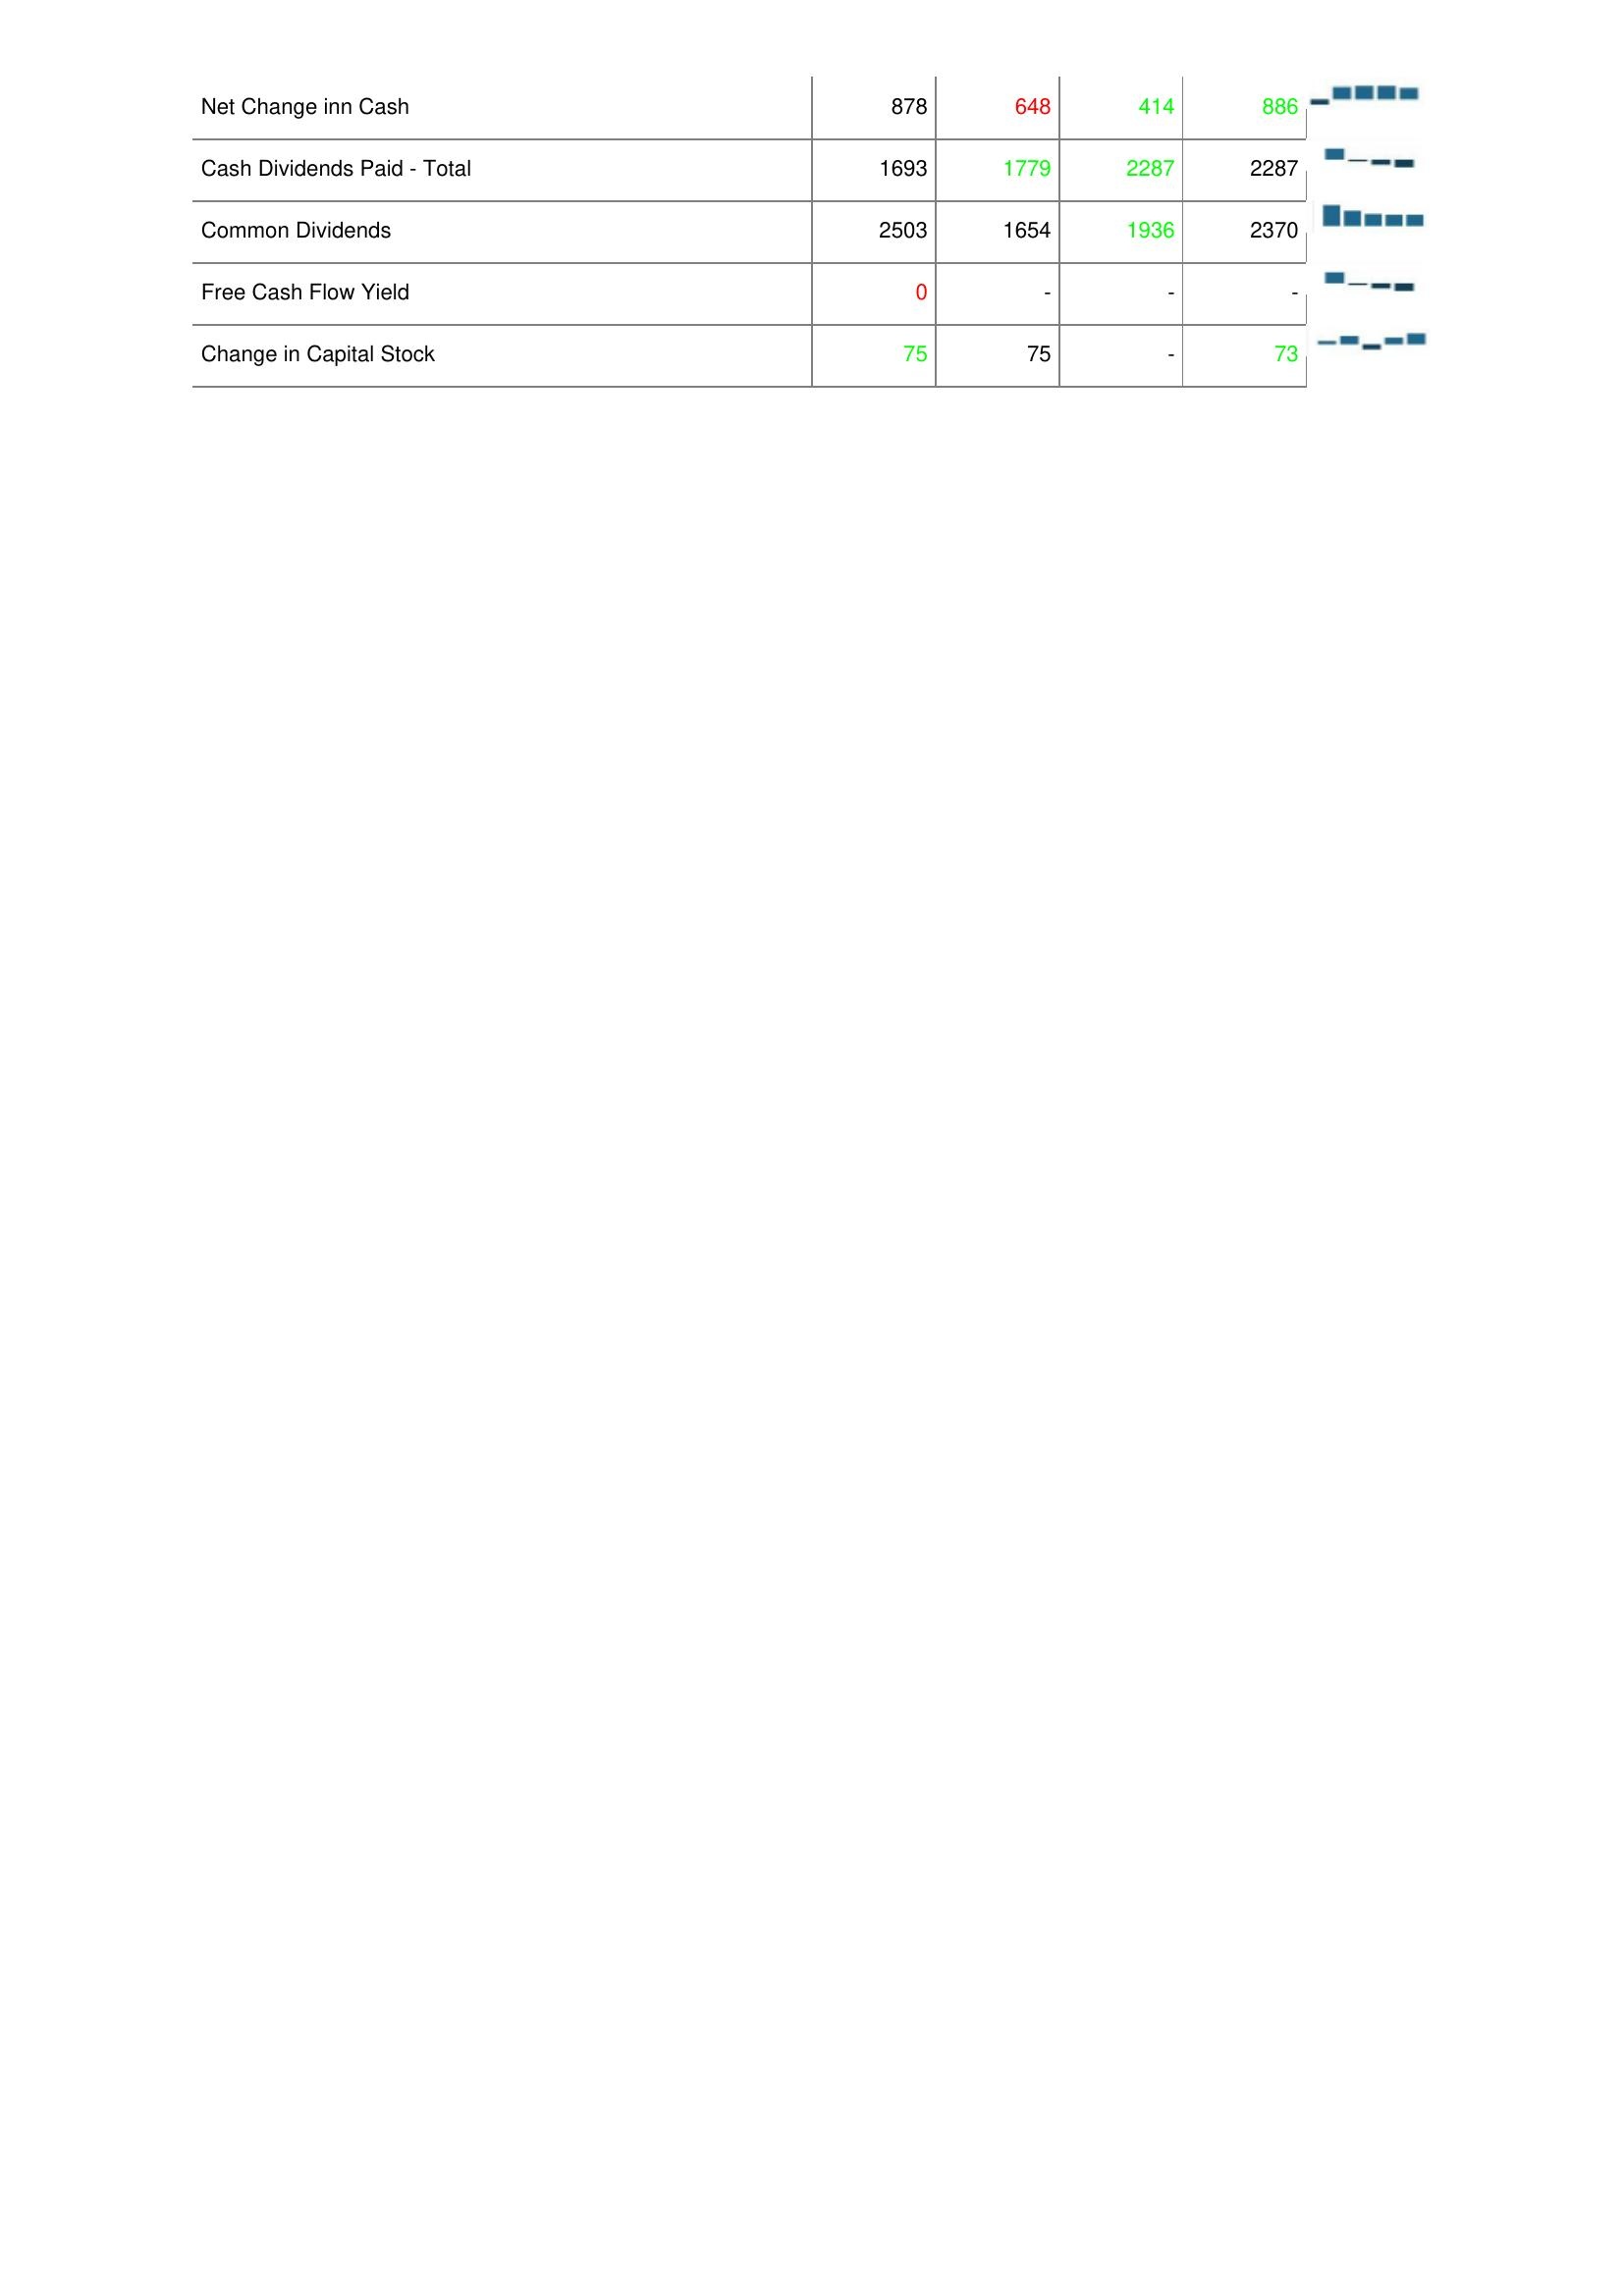
2016: Financing Activities: Net Change inn Cash: 878
Cash Dividends Paid - Total: 1693
Common Dividends: 2503
Free Cash Flow Yield: 0
Change in Capital Stock: 75
2015: Financing Activities: Net Change inn Cash: 648
Cash Dividends Paid - Total: 1779
Common Dividends: 1654
Free Cash Flow Yield: -
Change in Capital Stock: 75
2014: Financing Activities: Net Change inn Cash: 414
Cash Dividends Paid - Total: 2287
Common Dividends: 1936
Free Cash Flow Yield: -
Change in Capital Stock: -
2013: Financing Activities: Net Change inn Cash: 886
Cash Dividends Paid - Total: 2287
Common Dividends: 2370
Free Cash Flow Yield: -
Change in Capital Stock: 73